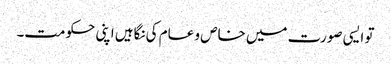
تو ایسی صورت میں خاص و عام کی نگاہیں اپنی حکومت۔